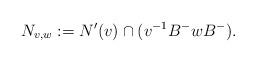
LaTeX: \begin{align*} N_{v,w} := N'(v) \cap (v^{-1}B^-wB^-).\end{align*}